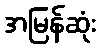
အမြန်ဆုံး